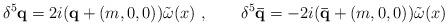
LaTeX: \begin{align*}\delta^ 5 {\mathbf q} = 2 i ({\mathbf q} + (m,0,0)) \tilde \omega (x)\ ,\qquad \delta^ 5 {\mathbf {\bar q}} = - 2 i ({\mathbf {\bar q}} + (m,0,0)) \tilde \omega(x)\end{align*}